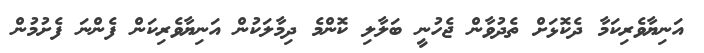
އަނިޔާވެރިކަމާ ދެކޮޅަށް ތެދުވާން ޖެހުނީ ބަލާލި ކޮންމެ ދިމާލަކުން އަނިޔާވެރިކަން ފެންނަ ފެށުމުން